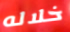
خلاله